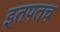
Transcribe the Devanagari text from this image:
इतपतच